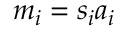
m _ { i } = s _ { i } a _ { i }